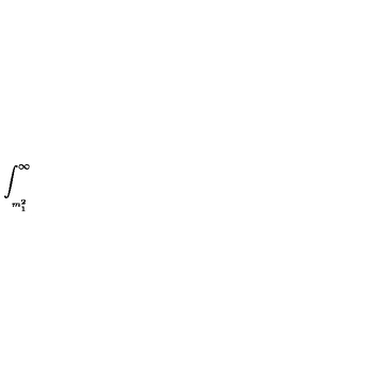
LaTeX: \int _ { _ { _ { _ { m _ { 1 } ^ { 2 } } } } } ^ { \infty } \protect